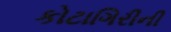
કોટાગિરીની